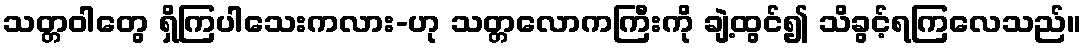
သတ္တဝါတွေ ရှိကြပါသေးကလား-ဟု သတ္တလောကကြီးကို ချဲ့ထွင်၍ သိခွင့်ရကြလေသည်။